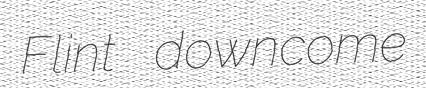
Flint downcome